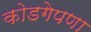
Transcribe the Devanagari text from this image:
कोडगेपणा